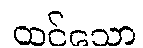
ထင်သော